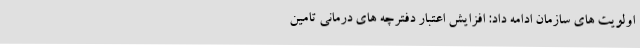
اولویت های سازمان ادامه داد: افزایش اعتبار دفترچه های درمانی تامین